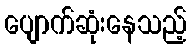
ပျောက်ဆုံးနေသည့်